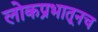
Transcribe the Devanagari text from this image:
लोकप्रभातूनच